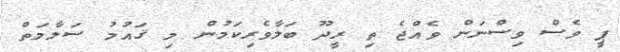
ޕީ ވެސް ވިސްނަން ވެއްޖެ ތި ރީދޫ ބަލާވެރިކަމުން މި ޤައުމު ސަލާމަތް